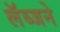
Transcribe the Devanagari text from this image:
लॅब्जने